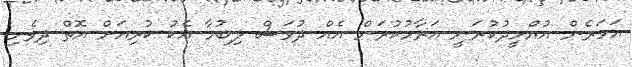
އަހަރެން އުއްމީދުކުރަނީ އަރާމުކުރަން އެއް ދުވަސް ލިބުމާ އެކު ކުރިއަށް އޮތް ދިވެހި